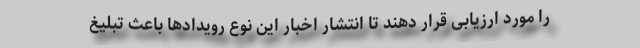
را مورد ارزیابی قرار دهند تا انتشار اخبار این نوع رویدادها باعث تبلیغ